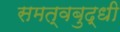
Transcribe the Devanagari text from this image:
समत्वबुद्धी